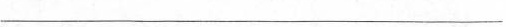
___